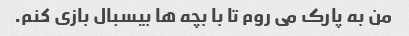
من به پارک می روم تا با بچه ها بیسبال بازی کنم.